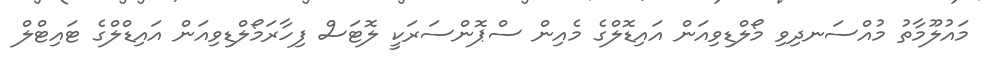
މައުލޫމާތު މުއްސަނދިވި މޯލްޑިވިއަން އައިޑޮލްގެ މެއިން ސްޕޮންސަރަކީ ލޮޓަސް ފިހާރަމޯލްޑިވިއަން އައިޑްލްގެ ޓައިޓްލް